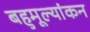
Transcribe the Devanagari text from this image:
बहुमूल्यांकन